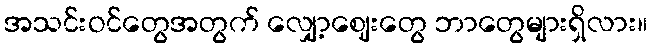
အသင်းဝင်တွေအတွက် လျှော့ဈေးတွေ ဘာတွေများရှိလား။